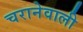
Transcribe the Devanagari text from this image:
चरानेवाली